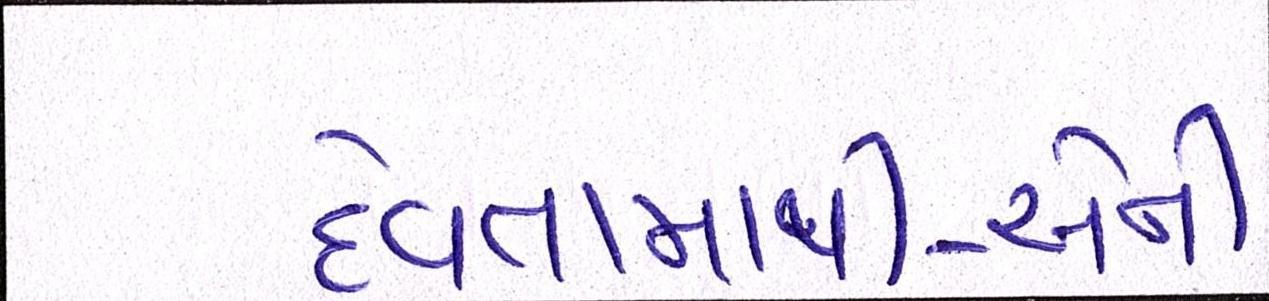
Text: દેવતામાંથી-એની